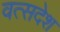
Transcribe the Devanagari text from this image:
वत्सदेश